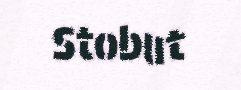
Stobut